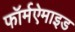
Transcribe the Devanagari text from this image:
फॉर्मऐमाइड